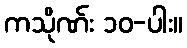
ကသိုဏ်း ၁၀-ပါး။